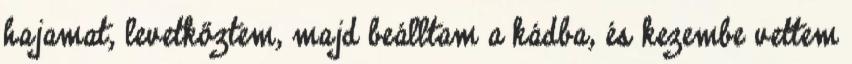
hajamat, levetkőztem, majd beálltam a kádba, és kezembe vettem